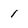
Character: 1